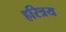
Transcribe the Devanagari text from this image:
हरित्रय